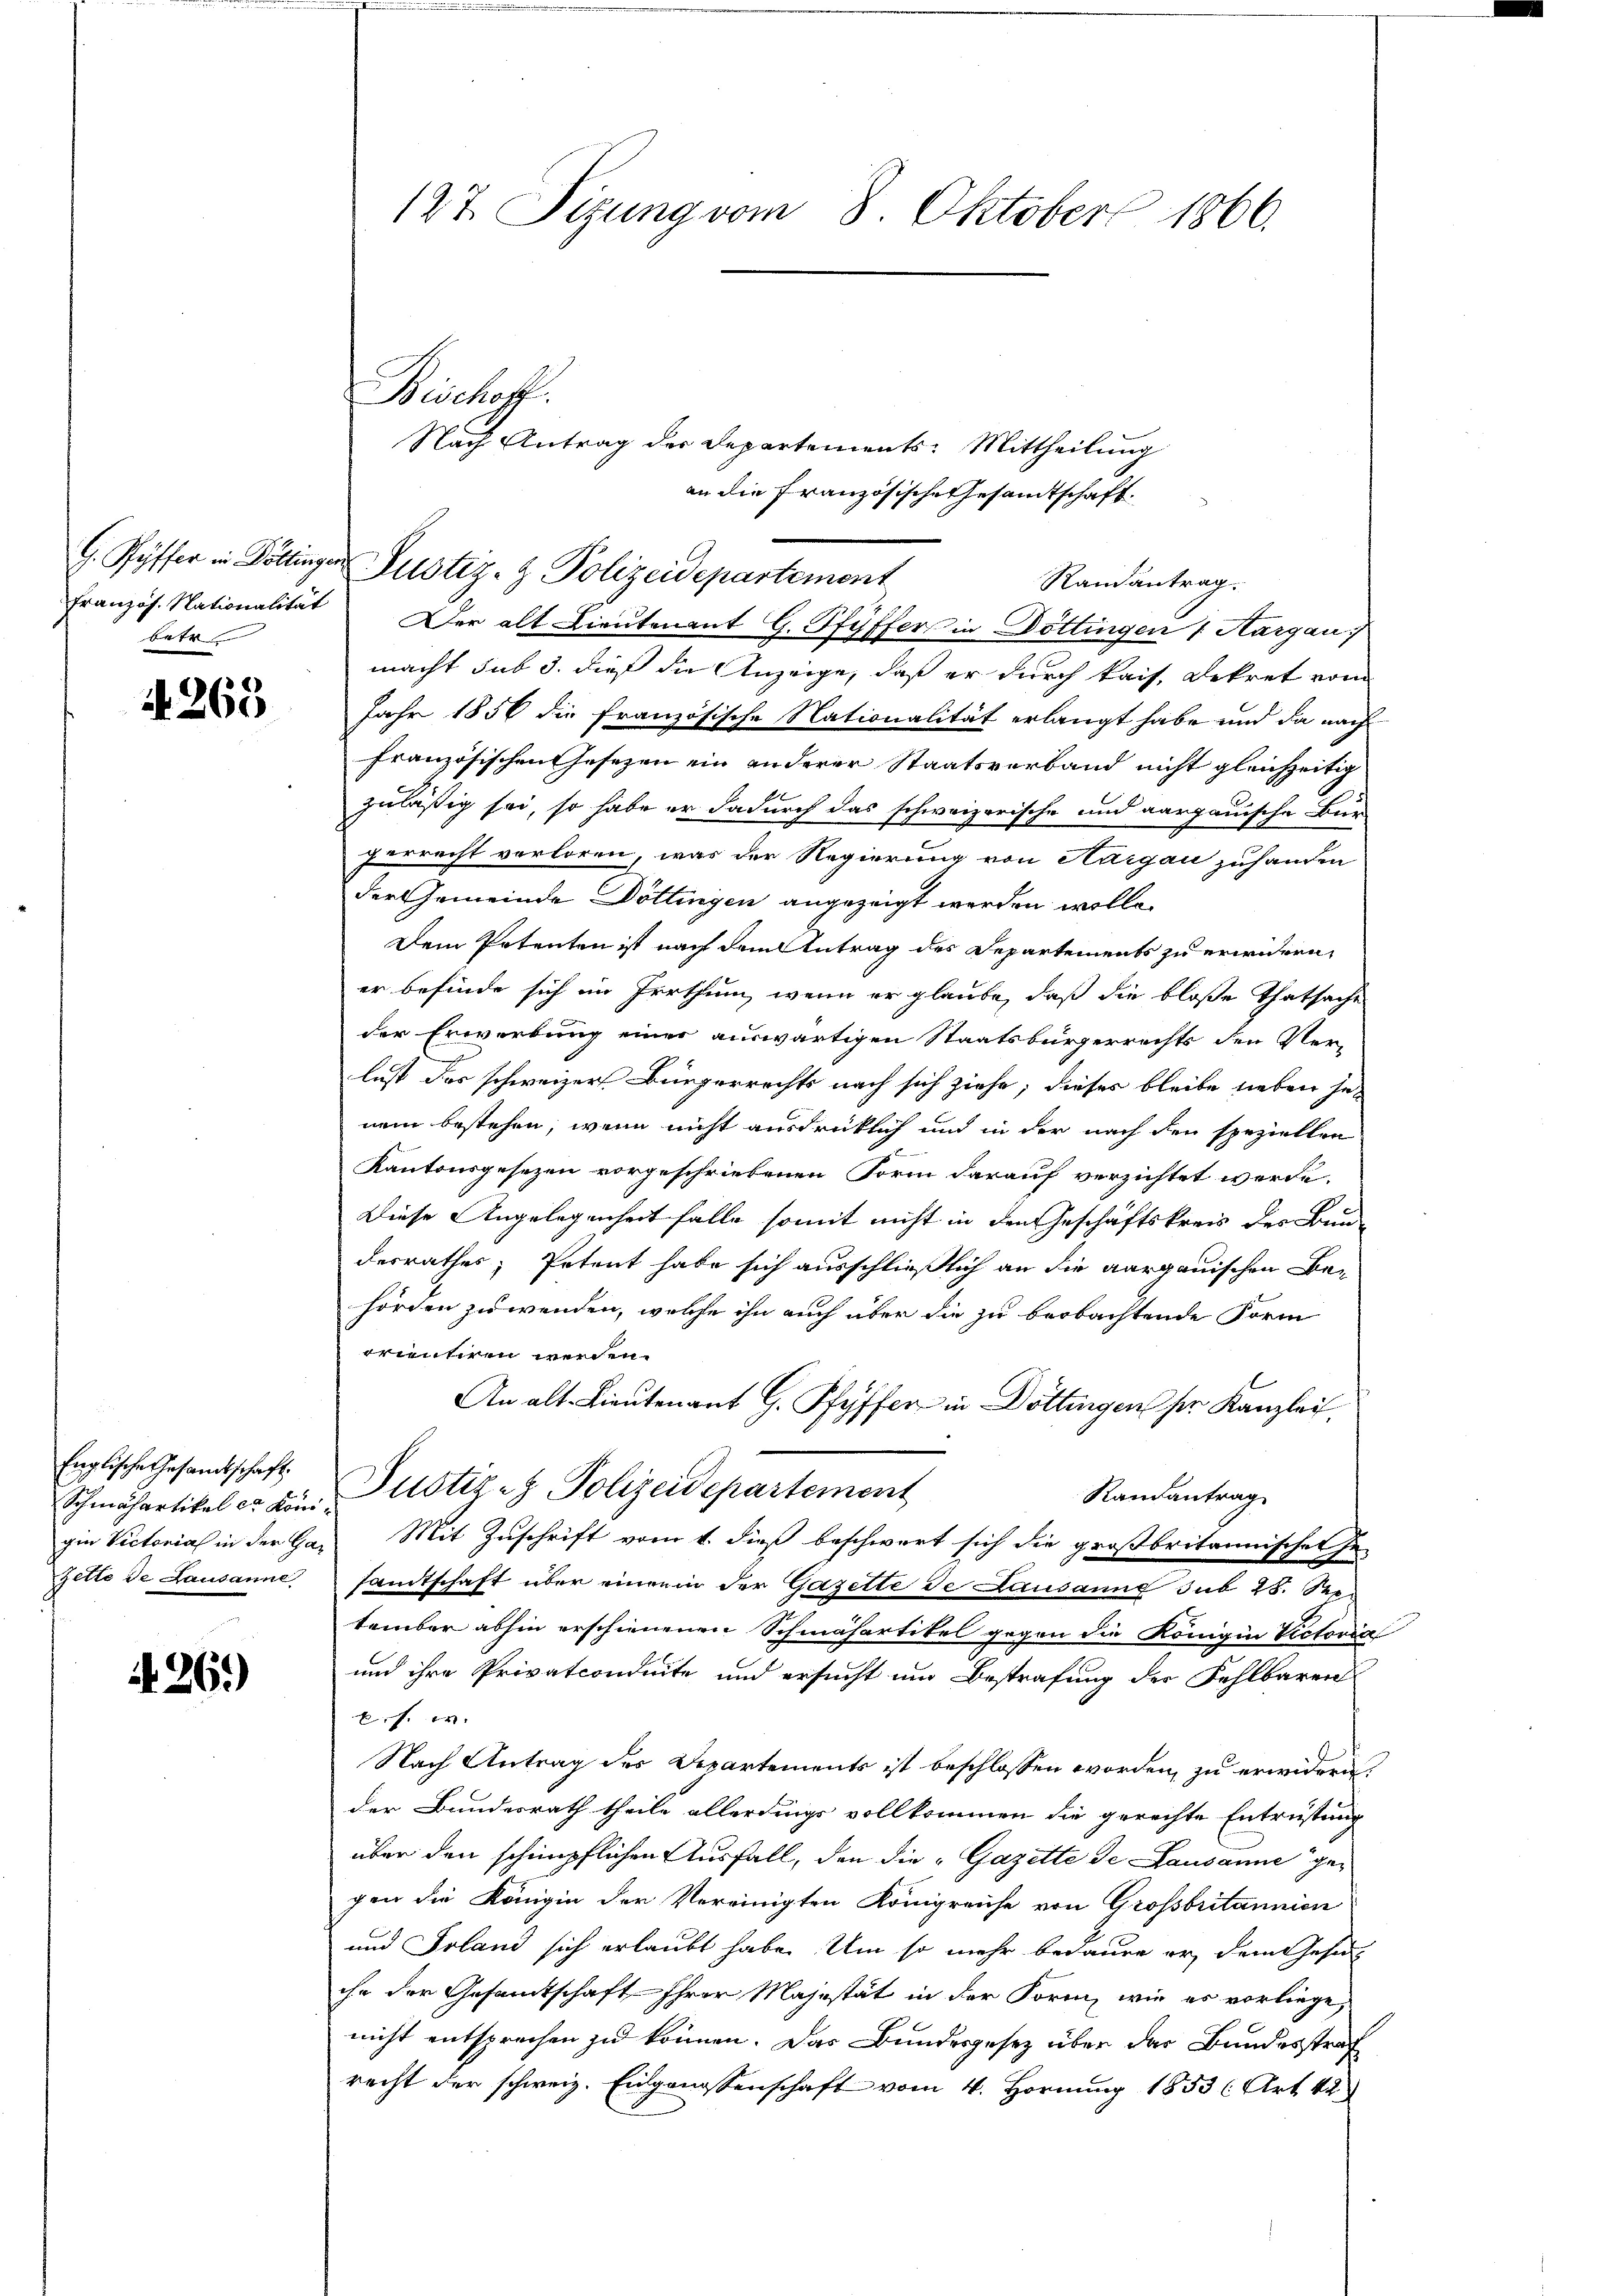
betr

§. 263

Englische Gesandtschaft.
Schmähartikel er Königin Victorial in der Gar
Zette de Lausanne

if. 269

127. Sizung vom 8. Oktober 1866.

Nach Antrag der Departements-Mittheilung
an die französische Gesandtschäft.
Randantrag.
französ. Nationalität Der alt Lieutenant G. Pfyffer in Döttingen 1 Margau
macht sub 3. dieß die Anzeige, daß er durch kais. Dekret vom
Jahr 1856 die französische Nationalität erlangt habe und da nach
französischen Gesezen ein anderer Staatsverband nicht gleichzeitig
zuläßig sei, so habe er dadurch das schweizerische und aargauische Bür-
gerrecht verloren, was der Regierung von Hargau zuhanden
der Gemeinde Döttingen angezeigt werden wolle.
Dem Petenten ist nach dem Antrag des Departements zu erwidern,
er befinde sich im Irrthum, wenn er glaube, daß die bloße Thatsache
der Erwerbung einer auswärtigen Staatsbürgerrechts den Ver-
lust das schweizer Bürgerrechts nach sich ziehe; dieses bleibe lieben jenem bestehen, wenn nicht ausdrücklich und in der nach den speziellen
Kantonsgesezen vorgeschriebenen Form darauf verzichtet werde.
Diese Angelegenheit falle somit nicht in den Geschäftskreis der Bundesrathes, Petent habe sich ausschließlich an die aargauischen Bei
hörden zuwenden, welche ihn auch über die zu beobachtende Form
orientiren werden.
An alt-Lieutenant G. Pfyffer in Döttingen ser Kanzlei,
Justiz- & Polizeidepartement
Randantrag
Mit Zuschrift vom 1. dieß beschwert sich die großbritannischen je-
samtschaft über einem der Gazette de Lausanne sub 28. Seetember abhin erschienenen Schmähartikel gegen die Königin Victorial
und ihre Privatcondeute und ersucht um Bestrafung der Fehlbaren
B.s. w.
Nach Antrag des Departements ist beschlossen worden, zu erwidern
der Bundesrath theile allerdings vollkommen die gerechte Entrüstung
über den schimpflichen Ausfall, den die „Gazette de Lausanne gegen die Königin der Vereinigten Königreiche von Grossbritannien
und Soland sich erlaubt habe. Um so mehr bedaure er, dem Gese
ihr der Gesamtschaft Ihrer Majestät in der Form, wie es vorliege,
nicht entsprochen zu können. Das Bundesgesetz über der Bundesstraf
recht der schweiz. Eidgenossenschaft vom 4. Hornung 1853 (Art. 42

Bischoff

G. Ryffer in Döttinger Justiz- & Polizeidepartement